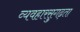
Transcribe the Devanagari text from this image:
व्यवहारसुगढ़ता